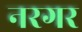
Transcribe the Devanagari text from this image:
नरगर